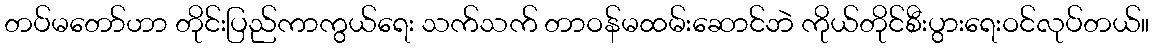
တပ်မတော်ဟာ တိုင်းပြည်ကာကွယ်ရေး သက်သက် တာဝန်မထမ်းဆောင်ဘဲ ကိုယ်တိုင်စီးပွားရေးဝင်လုပ်တယ်။